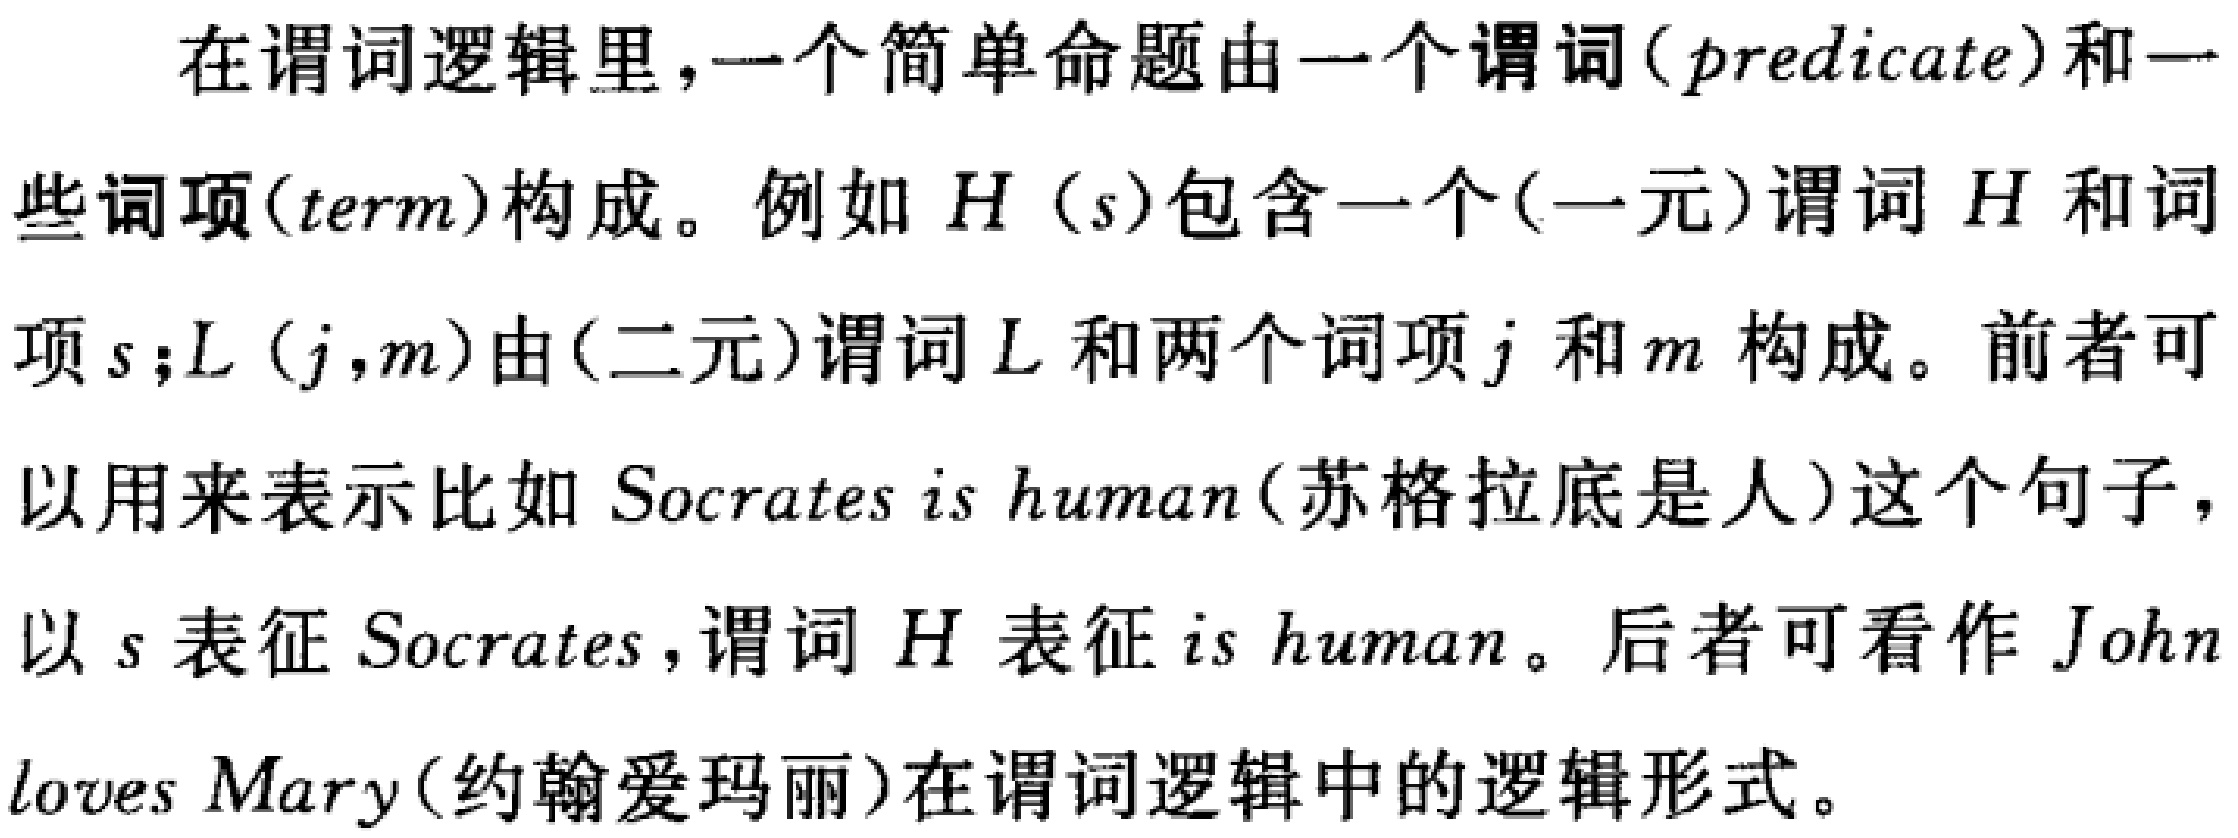
在谓词逻辑里，一个简单命题由一个谓词（\(predicate\)）和一些词项（\(term\)）构成。例如 \(H(s)\)包含一个(一元)谓词 \(H\) 和词项 \(s\);\(L(j,m)\)由(二元)谓词 \(L\) 和两个词项 \(j\) 和 \(m\) 构成。前者可以用来表示比如 \(Socrates\ is\ human\)(苏格拉底是人)这个句子，以 \(s\) 表征 \(Socrates\)，谓词 \(H\) 表征 \(is\ human\)。后者可看作 \(John\ loves\ Mary\)(约翰爱玛丽)在谓词逻辑中的逻辑形式。